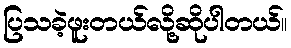
ပြသခဲ့ဖူးတယ်လို့ဆိုပါတယ်။